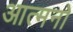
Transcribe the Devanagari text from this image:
आत्मनो